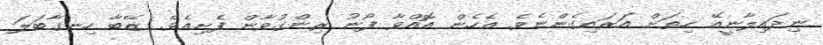
ނިދައިލާނީއޭ ހިތަށް އަރައިގެންނެވެ. އެހެން އޮއްވާ ފޯނު ރިންގުވާން ފެށިއެވެ. ޒޭބާ ހިނގާބަލަ